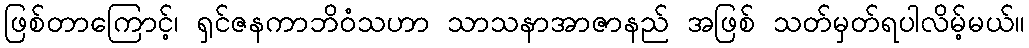
ဖြစ်တာကြောင့်၊ ရှင်ဇနကာဘိဝံသဟာ သာသနာအာဇာနည် အဖြစ် သတ်မှတ်ရပါလိမ့်မယ်။